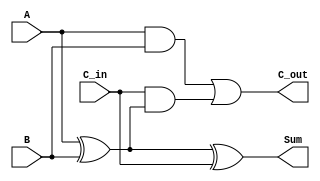
module RippleCarryFullAdder (
    input wire A,       // First input bit
    input wire B,       // Second input bit
    input wire C_in,    // Carry-in bit
    output wire Sum,    // Sum output
    output wire C_out   // Carry-out output
);

// Internal signals
wire A_xor_B;         // Intermediate signal for A XOR B

// Sum calculation: Sum = A XOR B XOR C_in
assign A_xor_B = A ^ B; // First XOR
assign Sum = A_xor_B ^ C_in; // Second XOR

// Carry-out calculation: C_out = (A AND B) OR (C_in AND (A XOR B))
assign C_out = (A & B) | (C_in & A_xor_B);

endmodule